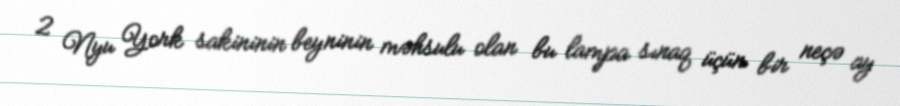
2 Nyu York sakininin beyninin məhsulu olan bu lampa sınaq üçün bir neçə ay